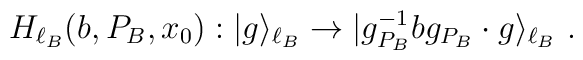
H_{\ell_B}(b,P_B,x_0): |g\rangle_{\ell_B}\to |g_{P_B}^{-1} b g_{P_B}\cdot g\rangle_{\ell_B}~.